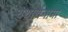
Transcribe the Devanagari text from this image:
यथार्थनामा